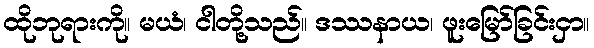
ထိုဘုရားကို။ မယံ၊ ငါတို့သည်။ ဒဿနာယ၊ ဖူးမြော်ခြင်းငှာ။